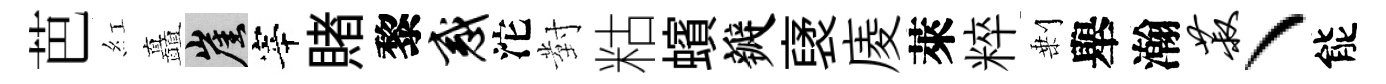
芭紅矗崖宰賭黎惑沱對䊀蠙瓣裦庱萊粹剰舉瀚菽丶能